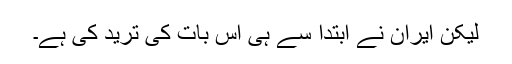
لیکن ایران نے ابتدا سے ہی اس بات کی ترید کی ہے۔